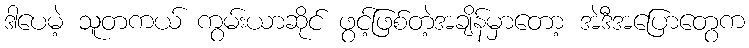
ဒါပေမဲ့ သူတကယ် ကွမ်းယာဆိုင် ဖွင့်ဖြစ်တဲ့အချိန်မှာတော့ အဲဒီအပြောတွေက